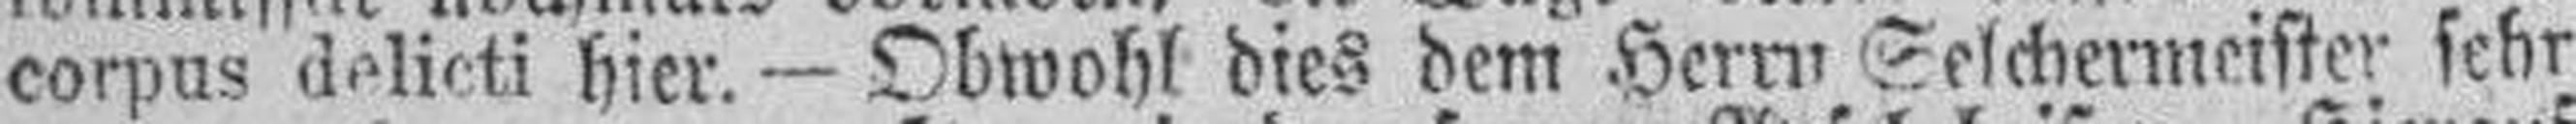
corpus delicti hier. — Obwohl dies dem Herrn Selchermeister sehr